Scottish Leaving Certificate Examination, 1957
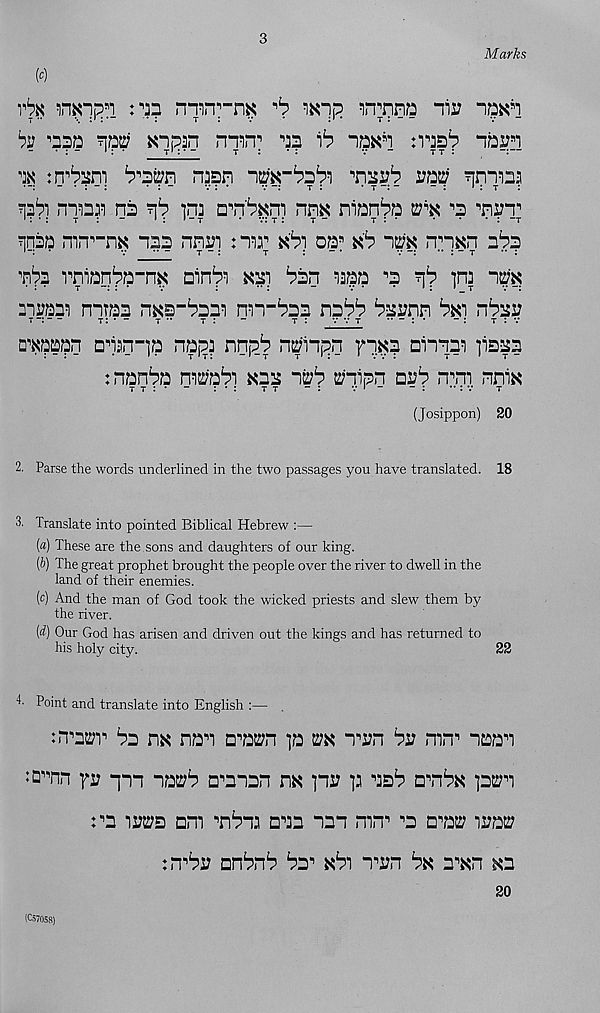
3
Marks
m
^
in^nna nii; na^i
T ..
.
...
t :
v
*
:' •
t : - -
v -
by ’naa ^a?; Knpan n^n? a? ^
nas 2 ? nbp
^
njan np-^abi
i?a^
na
in]
nn$ nian^a
s a
?iqaa mn^nK laa nniJi : “nr kPi oa fl kb “i^k nnkn aba
’nb? rniaDb« _ nk Qin^ kai ban laaa "a ?ib ]ra n^'k
muam nmaa nkS"baai nm-baa nabb baann bki nbai;
t _ :—
t: * -
t •*
t:
“
t:
v r t
.
- :
x : v
owpaan ansn-ja na ( n? nnp_b n^inpn Hka ainnai liaaa
:nanba m^abi kaa n^b ^nipn nab <Tm nnik
(Josippon) 20
2. Parse the words underlined in the two passages you have translated. 18
3. Translate into pointed Biblical Hebrew :—
(a) These are the. sons and daughters of our king.
(b) The great prophet brought the people over the river to dwell in the
land of their enemies.
(c) And the man of God took the wicked priests and slew them by
the river.
(d) Our God has arisen and driven out the kings and has returned to
his holy city.
22
T Point and translate into English :—
:n^r bs nk nan amn p
Tin bi? mrr naan
;°" nn yu pm na^b Tman nk ini? p nab onbk p2;n
m uws am nbn: ana nan mn*’ "a aw iaa^
:Tbi? anbnb ba n kbi n^n bx a^kn ^a
20
(057058)